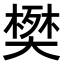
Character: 𫯹